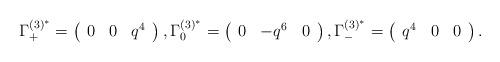
LaTeX: \begin{align*}\Gamma_{+}^{(3)^*} = \left(\begin{array}{ccc}0 & 0 & q^4\end{array}\right),\Gamma_{0}^{(3)^*} = \left(\begin{array}{ccc}0 & -q^6 & 0\end{array}\right),\Gamma_{-}^{(3)^*} = \left(\begin{array}{ccc}q^4 & 0 & 0\end{array}\right).\end{align*}